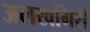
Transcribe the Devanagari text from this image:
अलखगिरी